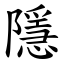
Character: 隱